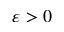
\varepsilon > 0